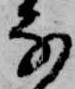
な